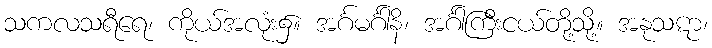
သကလသရီရေ၊ ကိုယ်အလုံး၌။ အင်္ဂမင်္ဂါနိ၊ အင်္ဂါကြီးငယ်တို့သို့။ အနုသဋာ၊